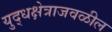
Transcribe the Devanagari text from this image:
युद्धक्षेत्राजवळील